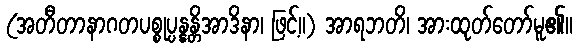
(အတီတာနာဂတပစ္စုပ္ပန္နန္တိအာဒိနာ၊ ဖြင့်။) အာရဘတိ၊ အားထုတ်တော်မူ၏။